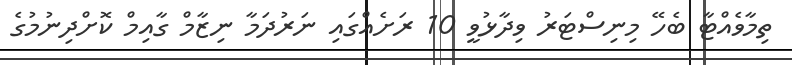
ތިމާވެއްޓާ ބެހޭ މިނިސްޓަރު ވިދާޅުވީ 10 ރަށެއްގައި ނަރުދަމާ ނިޒާމް ގާާއިމް ކޮށްދިނުމުގެ